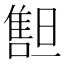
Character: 𠿲